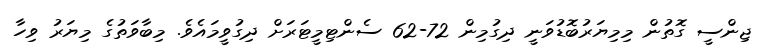
ޖިންސީ ގޮތުން މިމިޔަރުބޮޑުވަނީ ދިގުމިން 72-62 ސެންޓިމީޓަރަށް ދިގުވީމައެވެ. މިބާވަތުގެ މިޔަރު ވިހާ